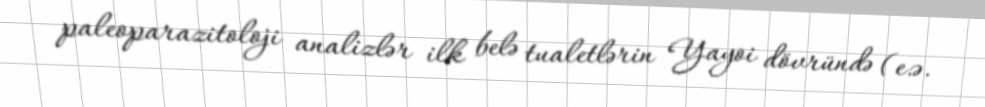
paleoparazitoloji analizlər ilk belə tualetlərin Yayoi dövründə (e.ə.